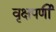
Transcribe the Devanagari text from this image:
वृक्षपर्णी